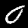
Digit: 0